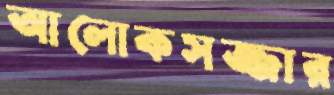
আলোকসজ্জার